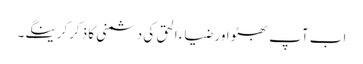
اب آپ بھٹو اور ضیاء الحق کی دشمنی کا ذکرکرینگے۔